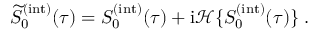
\widetilde { S } _ { 0 } ^ { ( \mathrm { i n t } ) } ( \tau ) = S _ { 0 } ^ { ( \mathrm { i n t } ) } ( \tau ) + \mathrm { i } \mathcal { H } \{ S _ { 0 } ^ { ( \mathrm { i n t } ) } ( \tau ) \} \; .